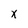
Character: X